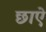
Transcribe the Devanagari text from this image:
छाऐ